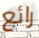
رائع